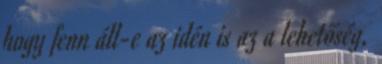
hogy fenn áll-e az idén is az a lehetőség,